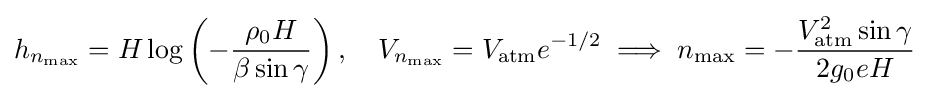
h_{n_{\max }}=H\log \left(-{\frac {\rho _{0}H}{\beta \sin \gamma }}\right),\quad V_{n_{\max }}=V_{\text{atm}}e^{-1/2}\implies n_{\max }=-{\frac {V_{\text{atm}}^{2}\sin \gamma }{2g_{0}eH}}